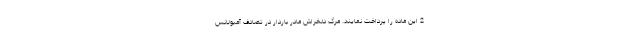
2 این ماده را پرداخت نمایند. مرگ دلخراش مادر باردار در تصادف آمبولانس